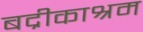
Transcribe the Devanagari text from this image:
बद्रीकाश्रम